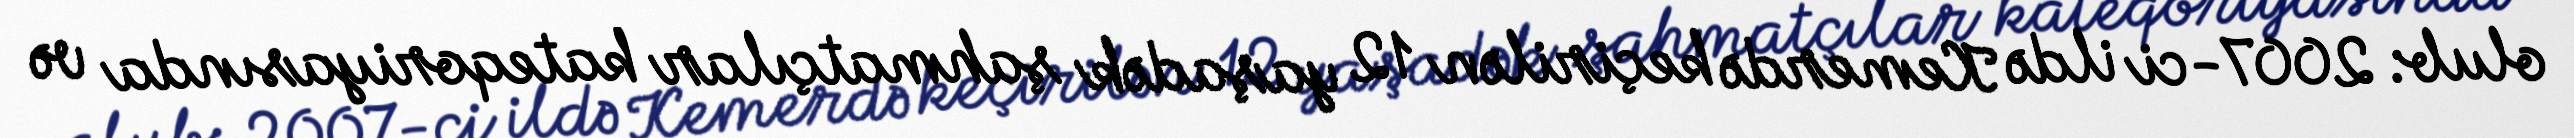
olub: 2007-ci ildə Kemerdə keçirilən 12 yaşadək şahmatçılar kateqoriyasında və